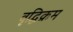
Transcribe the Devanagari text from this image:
वृद्धिक्रम